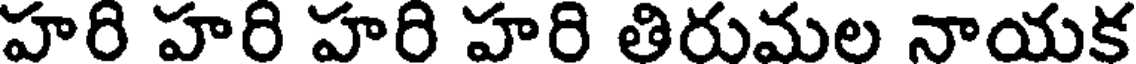
హరి హరి హరి హరి తిరుమల నాయక